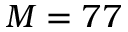
M = 7 7